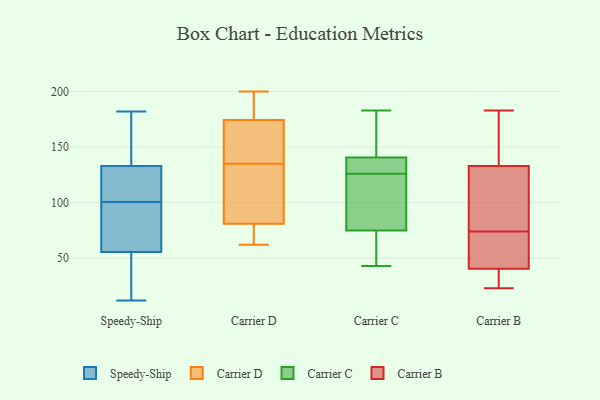
{"axis": {"x": "Waste Production (Tons)", "y": "Value"}, "legend": ["Carrier B", "Carrier C", "Carrier D", "Speedy-Ship"], "data": [{"x": "", "y": 129, "type": "Speedy-Ship"}, {"x": "", "y": 127, "type": "Speedy-Ship"}, {"x": "", "y": 165, "type": "Speedy-Ship"}, {"x": "", "y": 84, "type": "Speedy-Ship"}, {"x": "", "y": 182, "type": "Speedy-Ship"}, {"x": "", "y": 129, "type": "Speedy-Ship"}, {"x": "", "y": 97, "type": "Speedy-Ship"}, {"x": "", "y": 58, "type": "Speedy-Ship"}, {"x": "", "y": 52, "type": "Speedy-Ship"}, {"x": "", "y": 104, "type": "Speedy-Ship"}, {"x": "", "y": 25, "type": "Speedy-Ship"}, {"x": "", "y": 62, "type": "Speedy-Ship"}, {"x": "", "y": 137, "type": "Speedy-Ship"}, {"x": "", "y": 53, "type": "Speedy-Ship"}, {"x": "", "y": 110, "type": "Speedy-Ship"}, {"x": "", "y": 81, "type": "Speedy-Ship"}, {"x": "", "y": 12, "type": "Speedy-Ship"}, {"x": "", "y": 162, "type": "Speedy-Ship"}, {"x": "", "y": 50, "type": "Speedy-Ship"}, {"x": "", "y": 153, "type": "Speedy-Ship"}, {"x": "", "y": 161, "type": "Carrier D"}, {"x": "", "y": 200, "type": "Carrier D"}, {"x": "", "y": 190, "type": "Carrier D"}, {"x": "", "y": 188, "type": "Carrier D"}, {"x": "", "y": 155, "type": "Carrier D"}, {"x": "", "y": 80, "type": "Carrier D"}, {"x": "", "y": 82, "type": "Carrier D"}, {"x": "", "y": 121, "type": "Carrier D"}, {"x": "", "y": 91, "type": "Carrier D"}, {"x": "", "y": 149, "type": "Carrier D"}, {"x": "", "y": 75, "type": "Carrier D"}, {"x": "", "y": 62, "type": "Carrier D"}, {"x": "", "y": 73, "type": "Carrier C"}, {"x": "", "y": 137, "type": "Carrier C"}, {"x": "", "y": 140, "type": "Carrier C"}, {"x": "", "y": 141, "type": "Carrier C"}, {"x": "", "y": 43, "type": "Carrier C"}, {"x": "", "y": 50, "type": "Carrier C"}, {"x": "", "y": 168, "type": "Carrier C"}, {"x": "", "y": 126, "type": "Carrier C"}, {"x": "", "y": 81, "type": "Carrier C"}, {"x": "", "y": 116, "type": "Carrier C"}, {"x": "", "y": 133, "type": "Carrier C"}, {"x": "", "y": 182, "type": "Carrier C"}, {"x": "", "y": 70, "type": "Carrier C"}, {"x": "", "y": 183, "type": "Carrier C"}, {"x": "", "y": 90, "type": "Carrier C"}, {"x": "", "y": 41, "type": "Carrier B"}, {"x": "", "y": 31, "type": "Carrier B"}, {"x": "", "y": 24, "type": "Carrier B"}, {"x": "", "y": 23, "type": "Carrier B"}, {"x": "", "y": 50, "type": "Carrier B"}, {"x": "", "y": 169, "type": "Carrier B"}, {"x": "", "y": 135, "type": "Carrier B"}, {"x": "", "y": 109, "type": "Carrier B"}, {"x": "", "y": 142, "type": "Carrier B"}, {"x": "", "y": 93, "type": "Carrier B"}, {"x": "", "y": 40, "type": "Carrier B"}, {"x": "", "y": 66, "type": "Carrier B"}, {"x": "", "y": 80, "type": "Carrier B"}, {"x": "", "y": 32, "type": "Carrier B"}, {"x": "", "y": 132, "type": "Carrier B"}, {"x": "", "y": 183, "type": "Carrier B"}, {"x": "", "y": 59, "type": "Carrier B"}, {"x": "", "y": 96, "type": "Carrier B"}, {"x": "", "y": 134, "type": "Carrier B"}, {"x": "", "y": 68, "type": "Carrier B"}]}